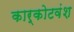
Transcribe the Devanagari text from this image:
कार्कोटवंश